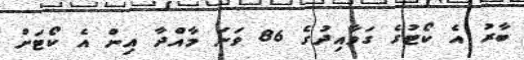
ބާރު އެ ކޯޓުގެ ގަވާއިދުގެ 86 ވަނަ މާއްދާ އިން އެ ކޯޓަށް